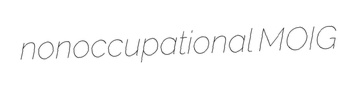
nonoccupational MOIG